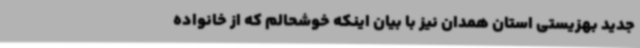
جدید بهزیستی استان همدان نیز با بیان اینکه خوشحالم که از خانواده